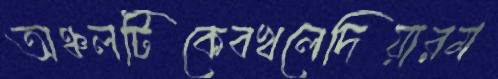
অঞ্চলটিকেবখলেদিয়ারম